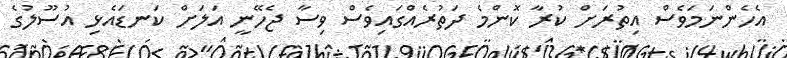
އެހެންނަމަވެސް އިތުރަށް ކުރާ ކޮންމެ ދަތުރެއްގައިވެސް ވިސާ ޖެހޭނީ އަލަށް ކަނޑައެޅި އުސޫލުގެ